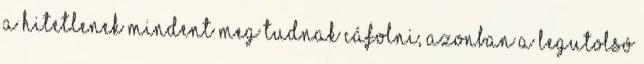
a hitetlenek mindent meg tudnak cáfolni, azonban a legutolsó